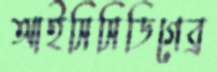
আইসিসিডিগেব্র